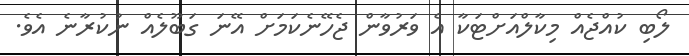
ލޯބި ކުއްޖެއް މިކާލްއަށްޓަކާ އެ ވަރުވާން ޖެހޭނެކަމަށް އޭނަ ގަބޫލެއް ނުކުރާނެ އެވެ.